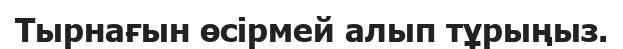
Тырнағын өсірмей алып тұрыңыз.